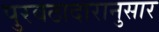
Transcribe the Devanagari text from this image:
पुरवठादारानुसार